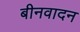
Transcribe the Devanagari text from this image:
बीनवादन